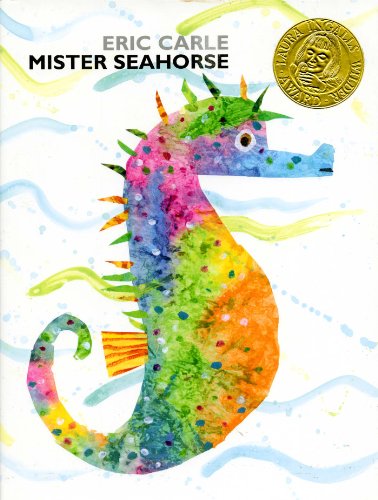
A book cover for Mister Seahorse; Eric Carle; Children's Books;